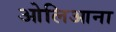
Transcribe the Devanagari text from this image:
ओलिआना